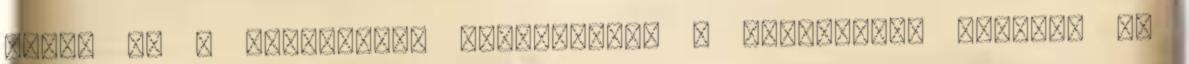
végül is a nemzetközi egyezmények a kisebbségi jogokat és